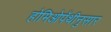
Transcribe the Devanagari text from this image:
होमिओपॅथीनुसार